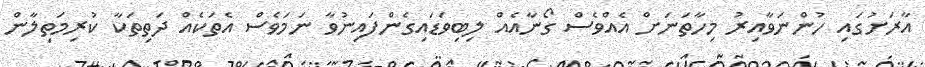
އާރަށުގައި ހުންނަވާއިރު މިހާތަނަށް އެއްވެސް ގޯނާއެއް ލިބިވަޑައިގެންފައިނުވާ ނަމަވެސް އެތަކެއް ދަތިތަކާ ކުރިމަތިލާން